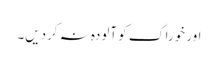
اور خوراک کو آلودہ نہ کردیں۔